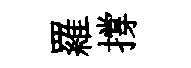
羅撐